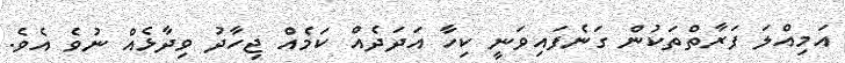
އަމިއްލަ ފަރާތްތަކުން ގަނެފައިވަނީ ކިހާ އަދަދެއް ކަމެއް ޖިހާދު ވިދާޅެއް ނުވެ އެވެ.